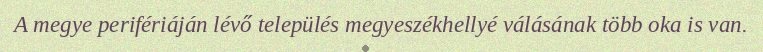
A megye perifériáján lévő település megyeszékhellyé válásának több oka is van.